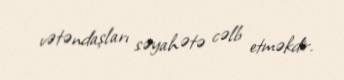
vətəndaşları səyahətə cəlb etməkdir.